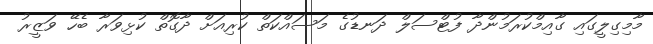
މާމިގިލީގައި ގާއިމްކުރަމުންދާ ފުޓްސަލް ދަނޑުގެ މަސައްކަތް ކުރިއަށް ދާގޮތް ކުޅިވަރާ ބެހޭ ވަޒީރު